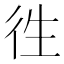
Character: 徃